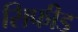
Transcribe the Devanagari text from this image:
सिफीड